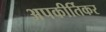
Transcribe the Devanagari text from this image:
अपकीर्तिकर